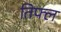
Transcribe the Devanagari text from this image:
तिफ्ल